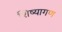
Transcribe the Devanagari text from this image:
शिष्यागण